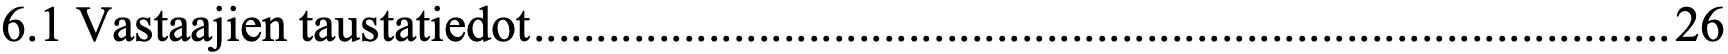
6.1 Vastaajien taustatiedot ........................................................................................... 26